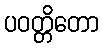
ပဝတ္တိတော